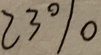
2 3 \%